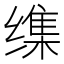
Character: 𦈜